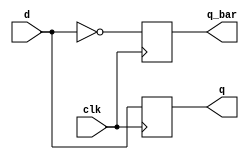
module 	dff(d, clk, q, q_bar);
input	d, clk;
output	q, q_bar;
reg	q, q_bar;
always 	@(posedge clk)
begin
q 	<= #1 d;	// Retardo 1 unidad
q_bar 	<= #1 ~d;	// Retardo 1 unidad
end
endmodule